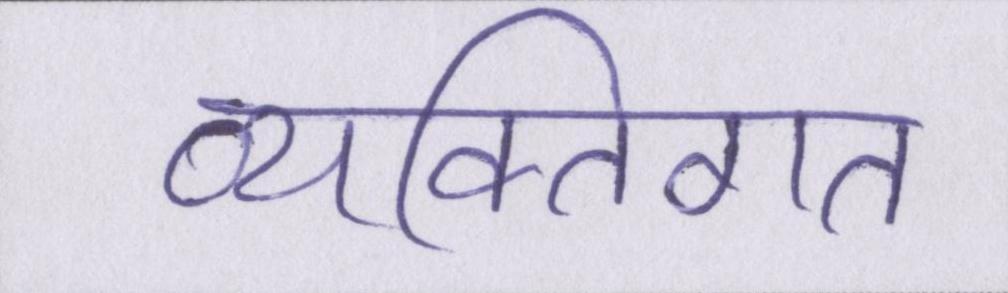
व्यक्तिगत